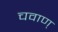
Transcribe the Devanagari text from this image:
चवाण्